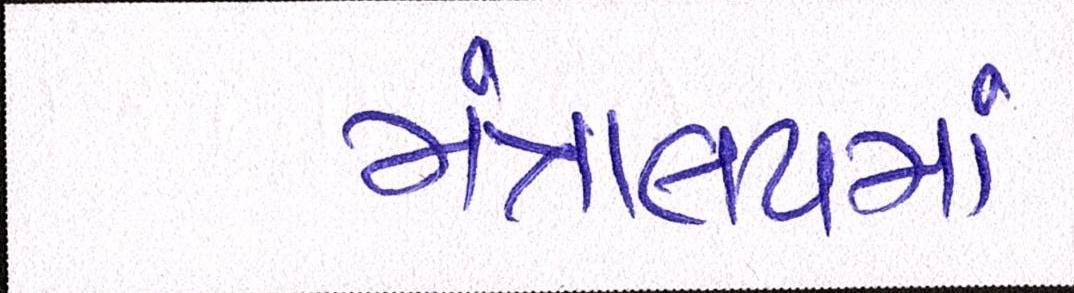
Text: મંત્રાલયમાં